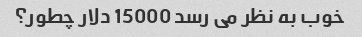
خوب به نظر می رسد 15000 دلار چطور؟